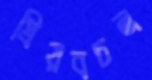
প্রিয়বচন